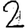
Digit: 2